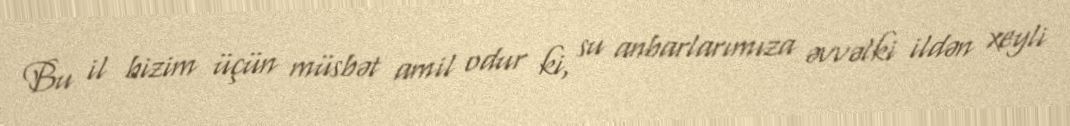
Bu il bizim üçün müsbət amil odur ki, su anbarlarımıza əvvəlki ildən xeyli